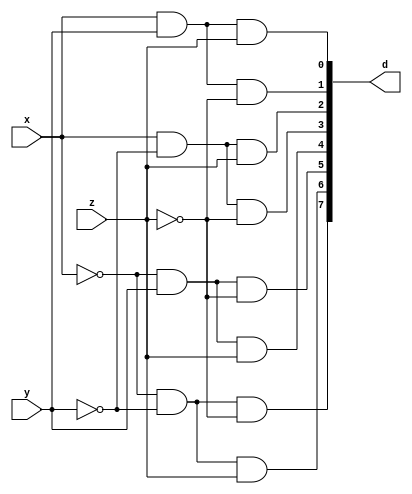
module decoder(x,y,z,d);
    input x,y,z;
    // output reg [0:7] d;
    output [0:7] d;

    wire nx,ny,nz;
    not(nx,x);
    not(ny,y);
    not(nz,z);


    // reg [1:0] a,b,c;
    // reg l,m,n;
    // reg [2:0] i;
    // always@(x or y or z)
    // begin
    //     #0
    //     i = 0;
    //     a = 0;
    //     b = 0;
    //     c = 0;
    //     repeat(8)
    //     begin
    //         l = a ? x : nx;
    //         m = b ? y : ny;
    //         n = c ? z : nz;
    //         d[i] = l&m&n;
    //         // $display("l = %b m = %b n = %b i = %b d[i] = %b a = %b b = %b c = %b",l,m,n,i,d[i],a,b,c,$time);
    //         i++;
    //         c++;
    //         if(c == 2)
    //         begin
    //             c = 0;
    //             b++;
    //         end
    //         if(b == 2)
    //         begin
    //             b = 0;
    //             a++;
    //         end
    //     end
    // end
    and(d[0],nx,ny,nz);
    and(d[1],nx,ny,z);
    and(d[2],nx,y,nz);
    and(d[3],nx,y,z);
    and(d[4],x,ny,nz);
    and(d[5],x,ny,z);
    and(d[6],x,y,nz);
    and(d[7],x,y,z);
endmodule